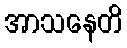
အာသနေတိ